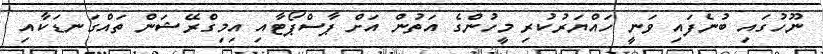
ނޫހުގައި ބުނެފައި ވަނީ ހައްޔަރުކުރި މީހުންގެ އަތުން އަށް ޕާސްޕޯޓާއި އިމިގްރޭޝަން ތައްގަނޑަކާއި